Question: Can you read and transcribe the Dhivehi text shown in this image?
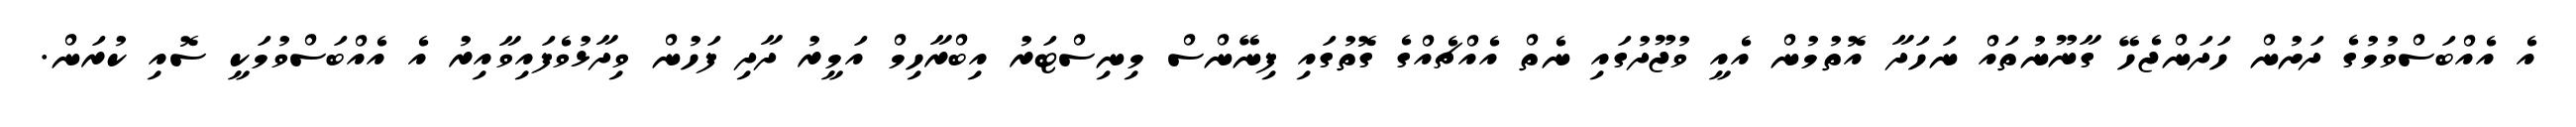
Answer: އެ އެއްބަސްވުމުގެ ދަށުން ހަދަންޖެހޭ ގާނޫނުތައް ނަހަދާ އޮތުމުން އެއީ ވުޖޫދުގައި ނެތް އެއްޗެއްގެ ގޮތުގައި ފިނޭންސް މިނިސްޓަރު އިބްރާހިމް އަމީރު ދާދި ފަހުން ވިދާޅުވެފައިވާއިރު އެ އެއްބަސްވުމަކީ ސޮއި ކުރަން.